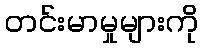
တင်းမာမှုများကို